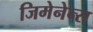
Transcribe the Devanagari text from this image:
जिमेनेन्स